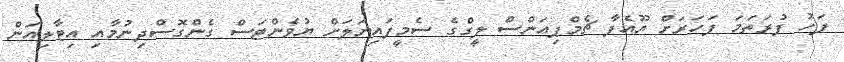
ފަހު ފުރަތަމަ ފަހަރަށް ޔޫއެފާ ޗެމްޕިއަންސް ލީގްގެ ސެމީފައިނަލަށް ޔުވެންޓަސް ގެންގޮސްދިނުމާއި އިޓާލިއަން